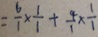
= \frac { 6 } { 1 } \times \frac { 1 } { 1 } + \frac { 4 } { 1 } \times \frac { 1 } { 1 }